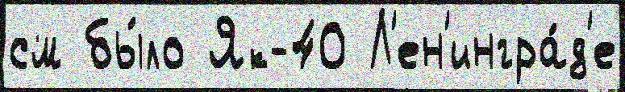
см бы́ло Як-40 Л'ен'ингра́д'е